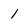
Character: 1